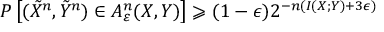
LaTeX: P \left[ ( { \tilde { X } } ^ { n } , { \tilde { Y } } ^ { n } ) \in A _ { \varepsilon } ^ { n } ( X , Y ) \right] \geqslant ( 1 - \epsilon ) 2 ^ { - n ( I ( X ; Y ) + 3 \epsilon ) }